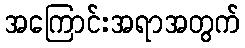
အကြောင်းအရာအတွက်